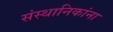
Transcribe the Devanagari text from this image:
संस्थानिकांना